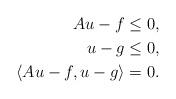
LaTeX: \begin{align*}Au - f &\le 0, \\u - g &\le 0, \\\langle Au - f, u - g \rangle &= 0.\end{align*}